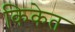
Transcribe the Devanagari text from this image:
किकेत